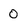
Character: 0